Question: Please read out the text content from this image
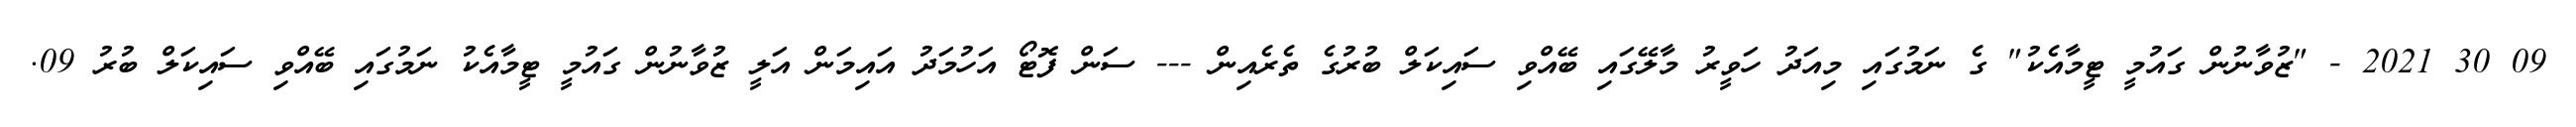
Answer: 09 30 2021 - "ޒުވާނުން ގައުމީ ޓީމާއެކު" ގެ ނަމުގައި މިއަދު ހަވީރު މާލޭގައި ބޭއްވި ސައިކަލް ބުރުގެ ތެރެއިން --- ސަން ފޮޓޯ އަހުމަދު އައިމަން އަލީ ޒުވާނުން ގައުމީ ޓީމާއެކު ނަމުގައި ބޭއްވި ސައިކަލް ބުރު 09.